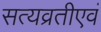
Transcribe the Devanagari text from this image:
सत्यव्रतीएवं